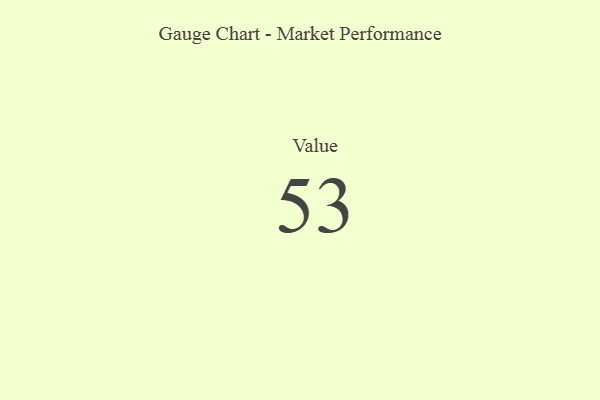
{"axis": {"x": "Metric", "y": "Value"}, "legend": [""], "data": [{"x": "Value", "y": 53, "type": ""}]}